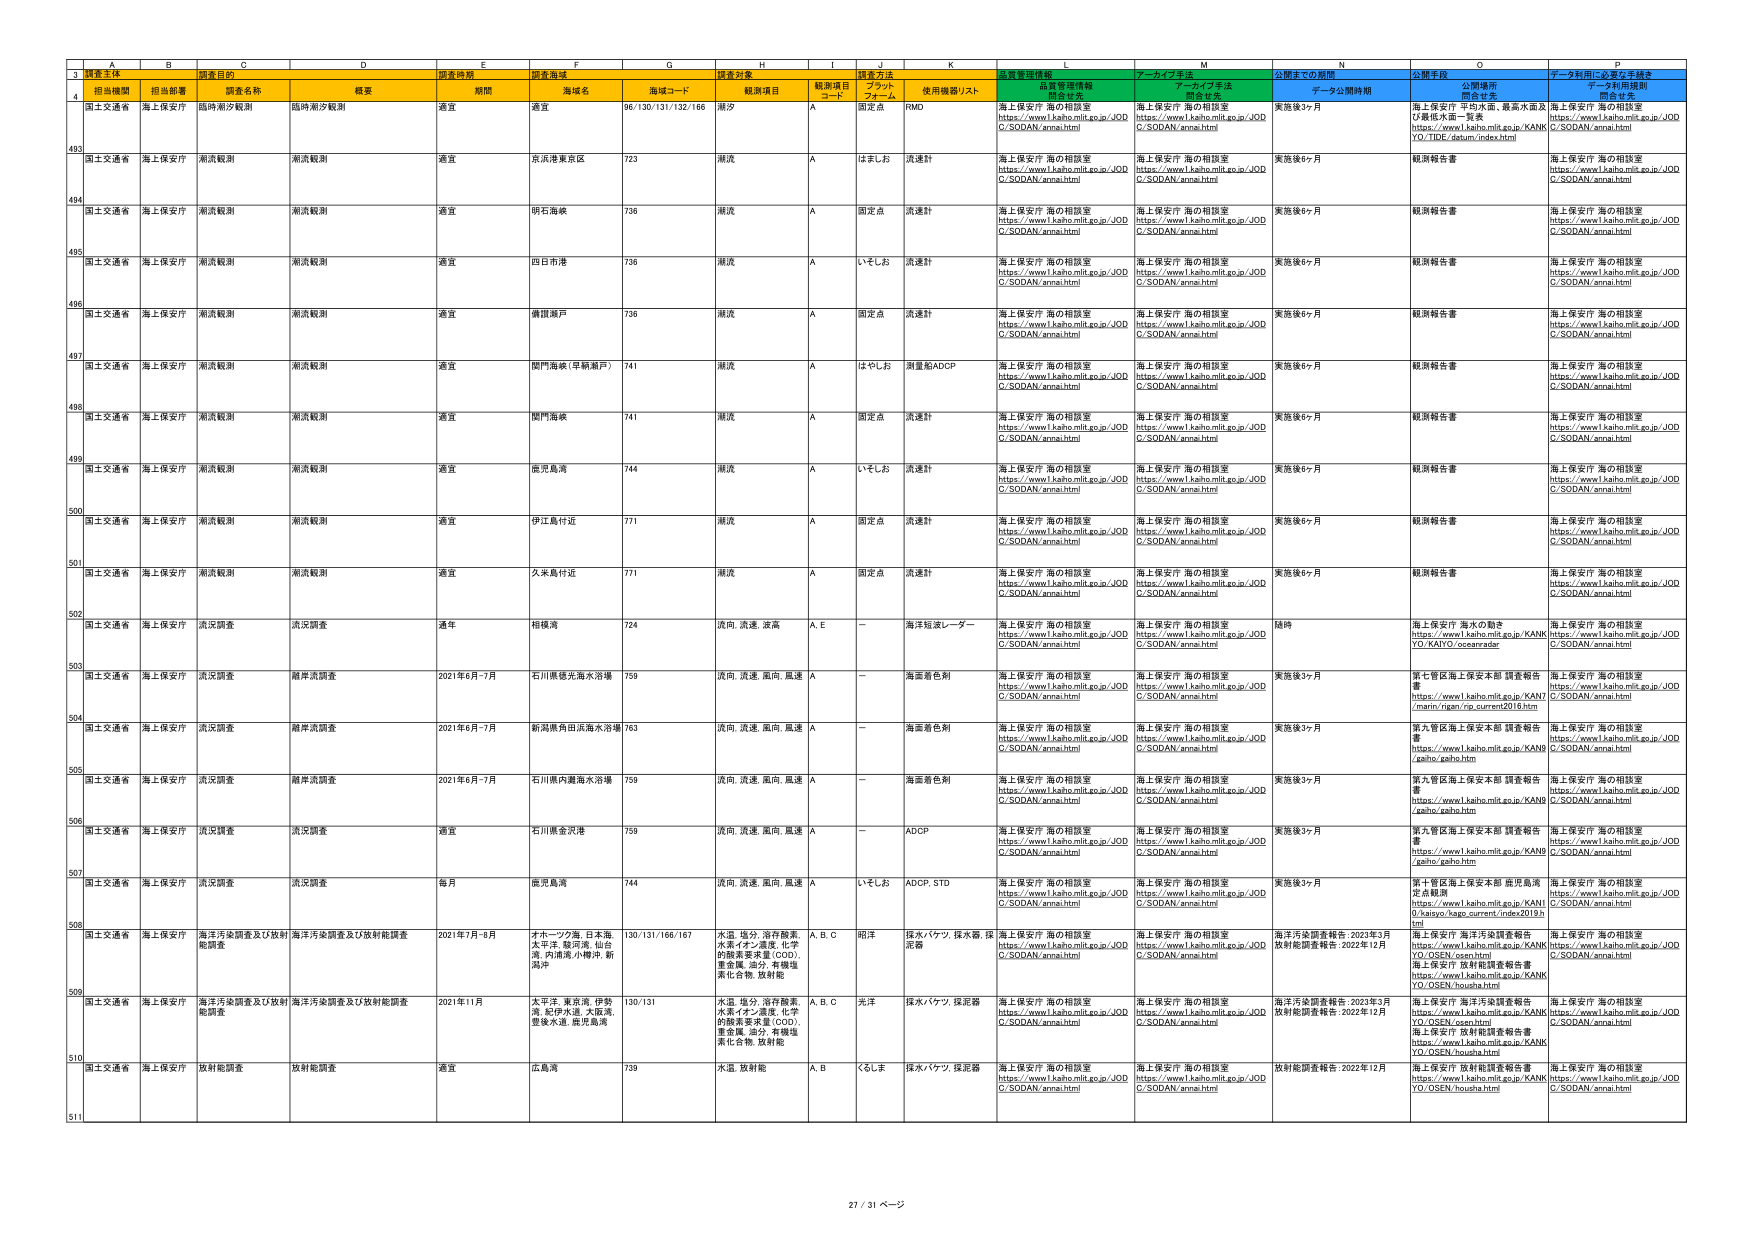
3 調査主体 調査目的 調査時期 調査海域 調査対象 調査方法 質量管理情報 アーカイブ手法 公開までの期間 公開手段 データ利用に必要な手続き
4 担当機関 担当部署 調査名称 概要 期間 海域名 海域コード 観測項目 観測項目 コード プラット フォーム 使用機器リスト 品質管理情報 関連リンク アーカイブ手法 関連リンク データ公開期間 公開場所 関連セクション データ利用規則 関連セクション
493 国土交通省 海上保安庁 臨時潮汐観測 臨時潮汐観測 適宜 港宜 96/130/131/132/166 潮汐 A 固定点 RMD 海上保安庁 海の相談室 https://www1.kaiho.mlit.go.jp/JOD C/SODAN/annai.html 海上保安庁 海の相談室 https://www1.kaiho.mlit.go.jp/JOD C/SODAN/annai.html 実施後3ヶ月 海上保安庁 平均水面、最高水面及び最低水面一覧表 https://www1.kaiho.mlit.go.jp/KANK YO/TIDE/datum/index.html 海上保安庁 海の相談室 https://www1.kaiho.mlit.go.jp/JOD C/SODAN/annai.html
494 国土交通省 海上保安庁 潮流観測 潮流観測 適宜 京浜港東京区 723 潮流 A はましお 流速計 海上保安庁 海の相談室 https://www1.kaiho.mlit.go.jp/JOD C/SODAN/annai.html 海上保安庁 海の相談室 https://www1.kaiho.mlit.go.jp/JOD C/SODAN/annai.html 実施後6ヶ月 観測報告書 海上保安庁 海の相談室 https://www1.kaiho.mlit.go.jp/JOD C/SODAN/annai.html
495 国土交通省 海上保安庁 潮流観測 潮流観測 適宜 明石海峡 736 潮流 A 固定点 流速計 海上保安庁 海の相談室 https://www1.kaiho.mlit.go.jp/JOD C/SODAN/annai.html 海上保安庁 海の相談室 https://www1.kaiho.mlit.go.jp/JOD C/SODAN/annai.html 実施後6ヶ月 観測報告書 海上保安庁 海の相談室 https://www1.kaiho.mlit.go.jp/JOD C/SODAN/annai.html
496 国土交通省 海上保安庁 潮流観測 潮流観測 適宜 四日市港 736 潮流 A いしそと 流速計 海上保安庁 海の相談室 https://www1.kaiho.mlit.go.jp/JOD C/SODAN/annai.html 海上保安庁 海の相談室 https://www1.kaiho.mlit.go.jp/JOD C/SODAN/annai.html 実施後6ヶ月 観測報告書 海上保安庁 海の相談室 https://www1.kaiho.mlit.go.jp/JOD C/SODAN/annai.html
497 国土交通省 海上保安庁 潮流観測 潮流観測 適宜 横須賀戸 736 潮流 A 固定点 流速計 海上保安庁 海の相談室 https://www1.kaiho.mlit.go.jp/JOD C/SODAN/annai.html 海上保安庁 海の相談室 https://www1.kaiho.mlit.go.jp/JOD C/SODAN/annai.html 実施後6ヶ月 観測報告書 海上保安庁 海の相談室 https://www1.kaiho.mlit.go.jp/JOD C/SODAN/annai.html
498 国土交通省 海上保安庁 潮流観測 潮流観測 適宜 関門海峡（早鞆瀬戸） 741 潮流 A はやしわ 測量船ADCP 海上保安庁 海の相談室 https://www1.kaiho.mlit.go.jp/JOD C/SODAN/annai.html 海上保安庁 海の相談室 https://www1.kaiho.mlit.go.jp/JOD C/SODAN/annai.html 実施後6ヶ月 観測報告書 海上保安庁 海の相談室 https://www1.kaiho.mlit.go.jp/JOD C/SODAN/annai.html
499 国土交通省 海上保安庁 潮流観測 潮流観測 適宜 関門海峡 741 潮流 A 固定点 流速計 海上保安庁 海の相談室 https://www1.kaiho.mlit.go.jp/JOD C/SODAN/annai.html 海上保安庁 海の相談室 https://www1.kaiho.mlit.go.jp/JOD C/SODAN/annai.html 実施後6ヶ月 観測報告書 海上保安庁 海の相談室 https://www1.kaiho.mlit.go.jp/JOD C/SODAN/annai.html
500 国土交通省 海上保安庁 潮流観測 潮流観測 適宜 関門海峡 744 潮流 A いしそと 流速計 海上保安庁 海の相談室 https://www1.kaiho.mlit.go.jp/JOD C/SODAN/annai.html 海上保安庁 海の相談室 https://www1.kaiho.mlit.go.jp/JOD C/SODAN/annai.html 実施後6ヶ月 観測報告書 海上保安庁 海の相談室 https://www1.kaiho.mlit.go.jp/JOD C/SODAN/annai.html
501 国土交通省 海上保安庁 潮流観測 潮流観測 適宜 伊江島付近 771 潮流 A 固定点 流速計 海上保安庁 海の相談室 https://www1.kaiho.mlit.go.jp/JOD C/SODAN/annai.html 海上保安庁 海の相談室 https://www1.kaiho.mlit.go.jp/JOD C/SODAN/annai.html 実施後6ヶ月 観測報告書 海上保安庁 海の相談室 https://www1.kaiho.mlit.go.jp/JOD C/SODAN/annai.html
502 国土交通省 海上保安庁 潮流観測 潮流観測 適宜 久米島付近 771 潮流 A 固定点 流速計 海上保安庁 海の相談室 https://www1.kaiho.mlit.go.jp/JOD C/SODAN/annai.html 海上保安庁 海の相談室 https://www1.kaiho.mlit.go.jp/JOD C/SODAN/annai.html 実施後6ヶ月 観測報告書 海上保安庁 海の相談室 https://www1.kaiho.mlit.go.jp/JOD C/SODAN/annai.html
503 国土交通省 海上保安庁 流況調査 流況調査 通年 相模湾 724 流向、流速、波高 A, E ー 海洋短波レーダー 海上保安庁 海の相談室 https://www1.kaiho.mlit.go.jp/JOD C/SODAN/annai.html 海上保安庁 海の相談室 https://www1.kaiho.mlit.go.jp/JOD C/SODAN/annai.html 随時 海上保安庁 海水の動き https://www1.kaiho.mlit.go.jp/KANK YO/KAIYO/oceanradar 海上保安庁 海の相談室 https://www1.kaiho.mlit.go.jp/JOD C/SODAN/annai.html
504 国土交通省 海上保安庁 流況調査 岸流調査 2021年6月-7月 石川県徳光海水浴場 759 流向、流速、風向、風速 A ー 海面着色剤 海上保安庁 海の相談室 https://www1.kaiho.mlit.go.jp/JOD C/SODAN/annai.html 海上保安庁 海の相談室 https://www1.kaiho.mlit.go.jp/JOD C/SODAN/annai.html 実施後3ヶ月 第七管区海上保安本部 調査報告書 https://www1.kaiho.mlit.go.jp/KANT /marin/igien/rip.current2016.htm 海上保安庁 海の相談室 https://www1.kaiho.mlit.go.jp/JOD C/SODAN/annai.html
505 国土交通省 海上保安庁 流況調査 岸流調査 2021年6月-7月 新潟県角田浜海水浴場 763 流向、流速、風向、風速 A ー 海面着色剤 海上保安庁 海の相談室 https://www1.kaiho.mlit.go.jp/JOD C/SODAN/annai.html 海上保安庁 海の相談室 https://www1.kaiho.mlit.go.jp/JOD C/SODAN/annai.html 実施後3ヶ月 第九管区海上保安本部 調査報告書 https://www1.kaiho.mlit.go.jp/KANK /kaiho/gaiho.htm 海上保安庁 海の相談室 https://www1.kaiho.mlit.go.jp/JOD C/SODAN/annai.html
506 国土交通省 海上保安庁 流況調査 岸流調査 2021年6月-7月 石川県内灘海水浴場 759 流向、流速、風向、風速 A ー 海面着色剤 海上保安庁 海の相談室 https://www1.kaiho.mlit.go.jp/JOD C/SODAN/annai.html 海上保安庁 海の相談室 https://www1.kaiho.mlit.go.jp/JOD C/SODAN/annai.html 実施後3ヶ月 第九管区海上保安本部 調査報告書 https://www1.kaiho.mlit.go.jp/KANK /kaiho/gaiho.htm 海上保安庁 海の相談室 https://www1.kaiho.mlit.go.jp/JOD C/SODAN/annai.html
507 国土交通省 海上保安庁 流況調査 流況調査 適宜 石川県金沢港 759 流向、流速、風向、風速 A ー ADCP 海上保安庁 海の相談室 https://www1.kaiho.mlit.go.jp/JOD C/SODAN/annai.html 海上保安庁 海の相談室 https://www1.kaiho.mlit.go.jp/JOD C/SODAN/annai.html 実施後3ヶ月 第九管区海上保安本部 調査報告書 https://www1.kaiho.mlit.go.jp/KANK /kaiho/gaiho.htm 海上保安庁 海の相談室 https://www1.kaiho.mlit.go.jp/JOD C/SODAN/annai.html
508 国土交通省 海上保安庁 流況調査 流況調査 毎月 鹿児島湾 744 流向、流速、風向、風速 A いしそと ADCP, STD 海上保安庁 海の相談室 https://www1.kaiho.mlit.go.jp/JOD C/SODAN/annai.html 海上保安庁 海の相談室 https://www1.kaiho.mlit.go.jp/JOD C/SODAN/annai.html 実施後3ヶ月 第十管区海上保安本部 鹿児島湾定点観測 https://www1.kaiho.mlit.go.jp/KAN1 0/kaiyo/hago.current/index2019h tml 海上保安庁 海の相談室 https://www1.kaiho.mlit.go.jp/JOD C/SODAN/annai.html
509 国土交通省 海上保安庁 海洋汚染調査及び放射能調査 海洋汚染調査及び放射能調査 2021年7月-8月 オホーツク海、日本海、太平洋、駿河湾、仙台湾、内浦湾、小樽湾、新潟湾 130/131/166/167 水温、塩分、溶存酸素、水素イオン濃度、化学的酸素要求量（COD）、重金属、油分、有機塩素化合物、放射能 A, B, C 明洋 採水バケツ、採水器、採泥器 海上保安庁 海の相談室 https://www1.kaiho.mlit.go.jp/JOD C/SODAN/annai.html 海上保安庁 海の相談室 https://www1.kaiho.mlit.go.jp/JOD C/SODAN/annai.html 海洋汚染調査報告：2022年3月 放射能調査報告：2022年12月 海上保安庁 海洋汚染調査報告 https://www1.kaiho.mlit.go.jp/KANK YO/OSEN/osen.html 海上保安庁 放射能調査報告書 https://www1.kaiho.mlit.go.jp/KANK YO/OSEN/houha.html 海上保安庁 海の相談室 https://www1.kaiho.mlit.go.jp/JOD C/SODAN/annai.html
510 国土交通省 海上保安庁 海洋汚染調査及び放射能調査 海洋汚染調査及び放射能調査 2021年11月 太平洋、東京湾、伊勢湾、紀伊水道、大阪湾、豊後水道、鹿児島湾 130/131 水温、塩分、溶存酸素、水素イオン濃度、化学的酸素要求量（COD）、重金属、油分、有機塩素化合物、放射能 A, B, C 光洋 採水バケツ、採泥器 海上保安庁 海の相談室 https://www1.kaiho.mlit.go.jp/JOD C/SODAN/annai.html 海上保安庁 海の相談室 https://www1.kaiho.mlit.go.jp/JOD C/SODAN/annai.html 海洋汚染調査報告：2022年3月 放射能調査報告：2022年12月 海上保安庁 海洋汚染調査報告 https://www1.kaiho.mlit.go.jp/KANK YO/OSEN/osen.html 海上保安庁 放射能調査報告書 https://www1.kaiho.mlit.go.jp/KANK YO/OSEN/houha.html 海上保安庁 海の相談室 https://www1.kaiho.mlit.go.jp/JOD C/SODAN/annai.html
511 国土交通省 海上保安庁 放射能調査 放射能調査 適宜 広島湾 739 水温、放射能 A, B くもしま 採水バケツ、採泥器 海上保安庁 海の相談室 https://www1.kaiho.mlit.go.jp/JOD C/SODAN/annai.html 海上保安庁 海の相談室 https://www1.kaiho.mlit.go.jp/JOD C/SODAN/annai.html 放射能調査報告：2022年12月 海上保安庁 放射能調査報告書 https://www1.kaiho.mlit.go.jp/KANK YO/OSEN/houha.html 海上保安庁 海の相談室 https://www1.kaiho.mlit.go.jp/JOD C/SODAN/annai.html
27 / 31 ページ